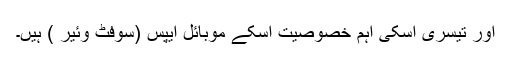
اور تیسری اسکی اہم خصوصیت اسکے موبائل ایپس (سوفٹ وئیر ) ہیں۔